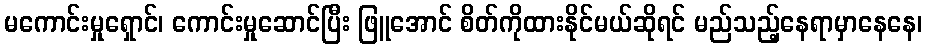
မကောင်းမှုရှောင်၊ ကောင်းမှုဆောင်ပြီး ဖြူအောင် စိတ်ကိုထားနိုင်မယ်ဆိုရင် မည်သည့်နေရာမှာနေနေ၊